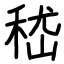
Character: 嵇